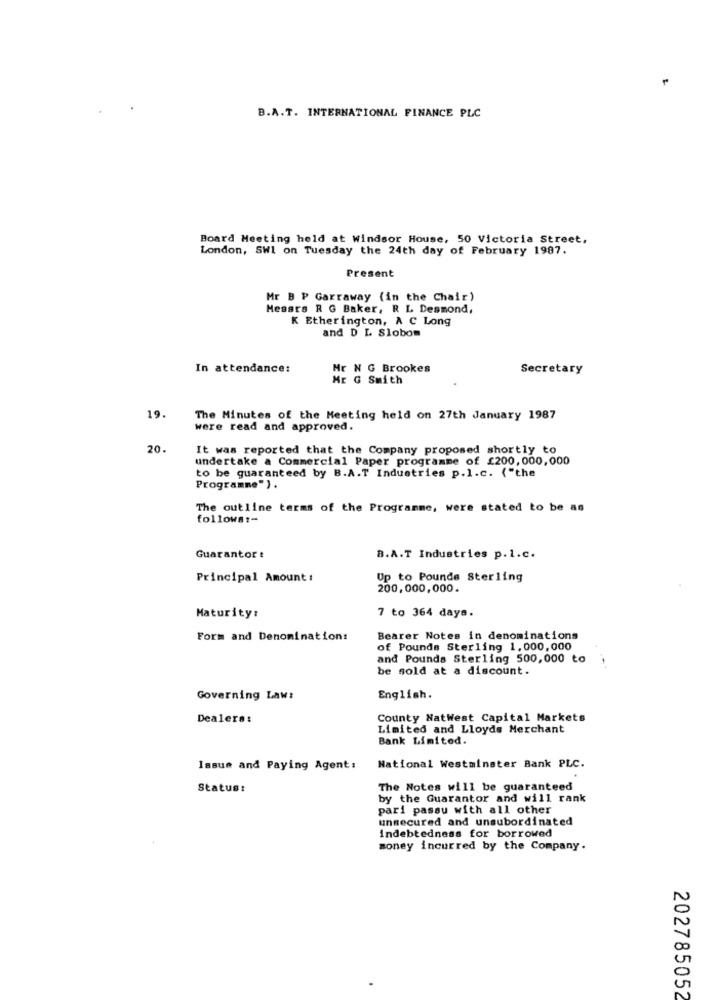
B.A.T. INTERNATIONAL FINANCE PLC
Board Meeting held at Windsor House, 50 Victoria Street,
London, SWI on Tuesday the 24th day of February 1987.
Present
Mr B P Garraway (in the Chair)
Hesars R G Baker, R L Desmond,
K Etherington, A C Long
and D L Slobom
In attendance:
Mr N G Brookes
Secretary
Mr G Smith
19.
The Minutes of the Meeting held on 27th January 1987
were read and approved.
20.
It was reported that the Company proposed shortly to
undertake a Commercial Paper programme of £200,000,000
to be guaranteed by B.A.T Industries p.1.c. {"the
Programme").
The outline terms of the Programme, were stated to be as
follows :-
Guarantor :
B.A.T Industries p.1.c.
Principal Amount:
Up to Pounds Sterling
200,000,000.
7 to 364 days.
Maturity:
Form and Denomination:
Bearer Notes in denominations
of Pounds Sterling 1,000,000
and Pounds Sterling 500,000 to
be sold at a discount.
Governing Law:
English.
Dealers:
County NatWest Capital Markets
Limited and Lloyds Merchant
Bank Limited.
Issue and Paying Agent:
National Westminster Bank PLC.
Status:
The Notes will be guaranteed
by the Guarantor and will rank
pari passu with all other
unsecured and unsubordinated
Indebtedness for borrowed
money incurred by the Company.
202785052